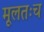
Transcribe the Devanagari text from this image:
मूलतःच